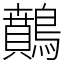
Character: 䴅